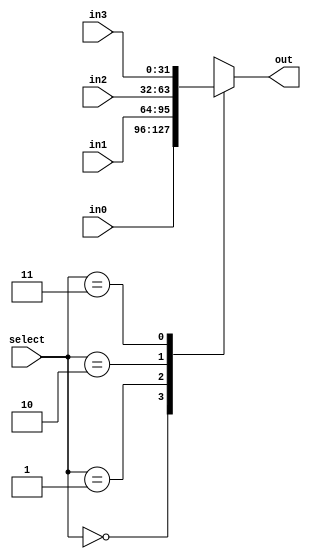
module mux4(in0,in1,in2,in3,select,out);
input[31:0] in0,in1,in2,in3;  //inputs 
input[1:0] select;  //select line
output[31:0] out; //output
reg[31:0] out;
always@(*)
		begin
			case(select)
				0:out<=in0;
				1:out<=in1;
				2:out<=in2;
				3:out<=in3;
			endcase
		end
endmodule